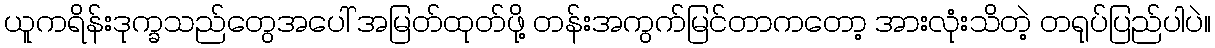
ယူကရိန်းဒုက္ခသည်တွေအပေါ် အမြတ်ထုတ်ဖို့ တန်းအကွက်မြင်တာကတော့ အားလုံးသိတဲ့ တရုပ်ပြည်ပါပဲ။